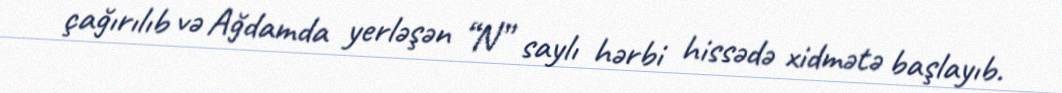
çağırılıb və Ağdamda yerləşən “N” saylı hərbi hissədə xidmətə başlayıb.